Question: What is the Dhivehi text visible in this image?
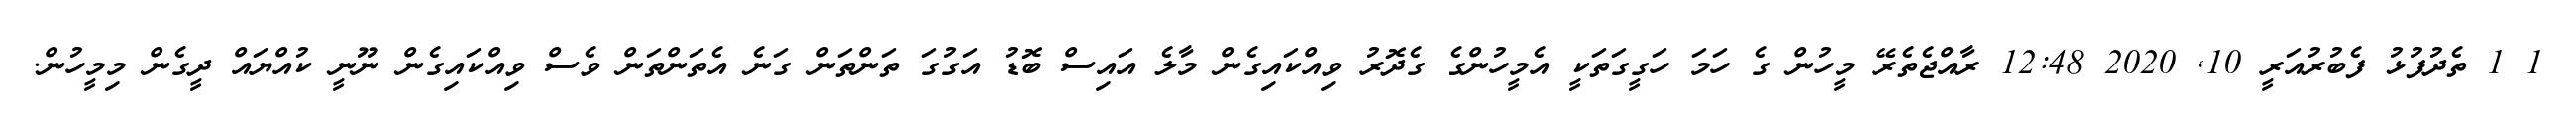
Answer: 1 1 ތެދުފުޅު ފެބުރުއަރީ 10, 2020 12:48 ރާއްޖެތެރޭ މީހުން ގެ ހަމަ ހަގީގަތަކީ އެމީހުންގެ ގެދޮރު ވިއްކައިގެން މާލެ އައިސް ބޮޑު އަގުގަ ތަންތަން ގަނެ އެތަންތަން ވެސް ވިއްކައިގެން ނޫނީ ކުއްޔައް ދީގެން މިމީހުން.